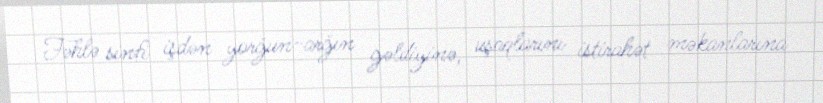
Fəhlə sinfi işdən yorğun-arğın gəldiyinə, uşaqlarını istirahət məkanlarına